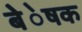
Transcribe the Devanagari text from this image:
बेेेेेषक